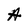
Character: A